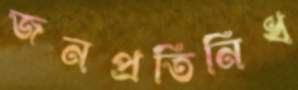
জনপ্রতিনিধ